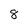
Character: 8